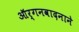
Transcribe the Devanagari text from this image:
ऑर्गनवादनाने